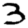
Digit: 3